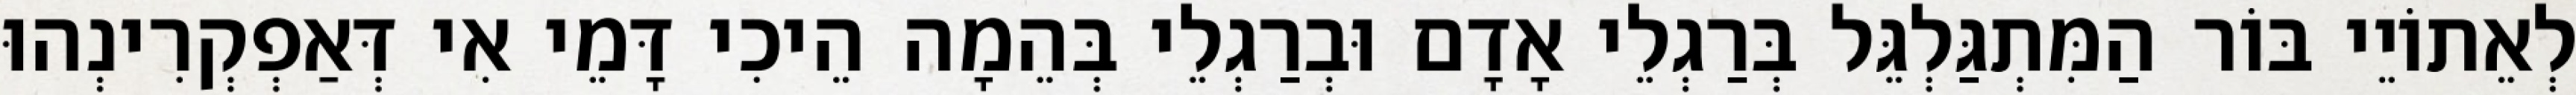
לְאֵתוֹיֵי בּוֹר הַמִּתְגַּלְגֵּל בְּרַגְלֵי אָדָם וּבְרַגְלֵי בְּהֵמָה הֵיכִי דָּמֵי אִי דְּאַפְקְרִינְהוּ